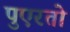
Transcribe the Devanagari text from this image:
पुएरतो